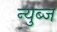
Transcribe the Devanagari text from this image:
न्युब्ज